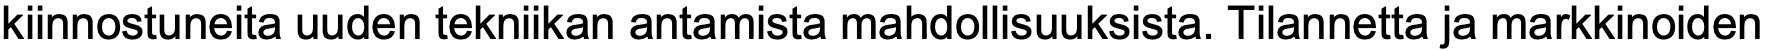
kiinnostuneita uuden tekniikan antamista mahdollisuuksista. Tilannetta ja markkinoiden